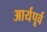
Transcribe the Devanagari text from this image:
आर्यपूर्व